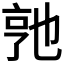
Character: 𬼭